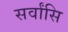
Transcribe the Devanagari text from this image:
सर्वांसि